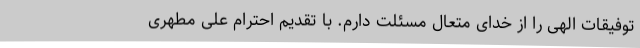
توفیقات الهی را از خدای متعال مسئلت دارم. با تقدیم احترام علی مطهری